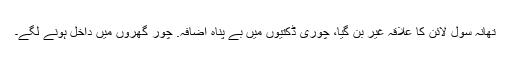
تھانہ سول لائن کا علاقہ غیر بن گیا، چوری ڈکتیوں میں بے پناہ اضافہ. چور گھروں میں داخل ہونے لگے۔